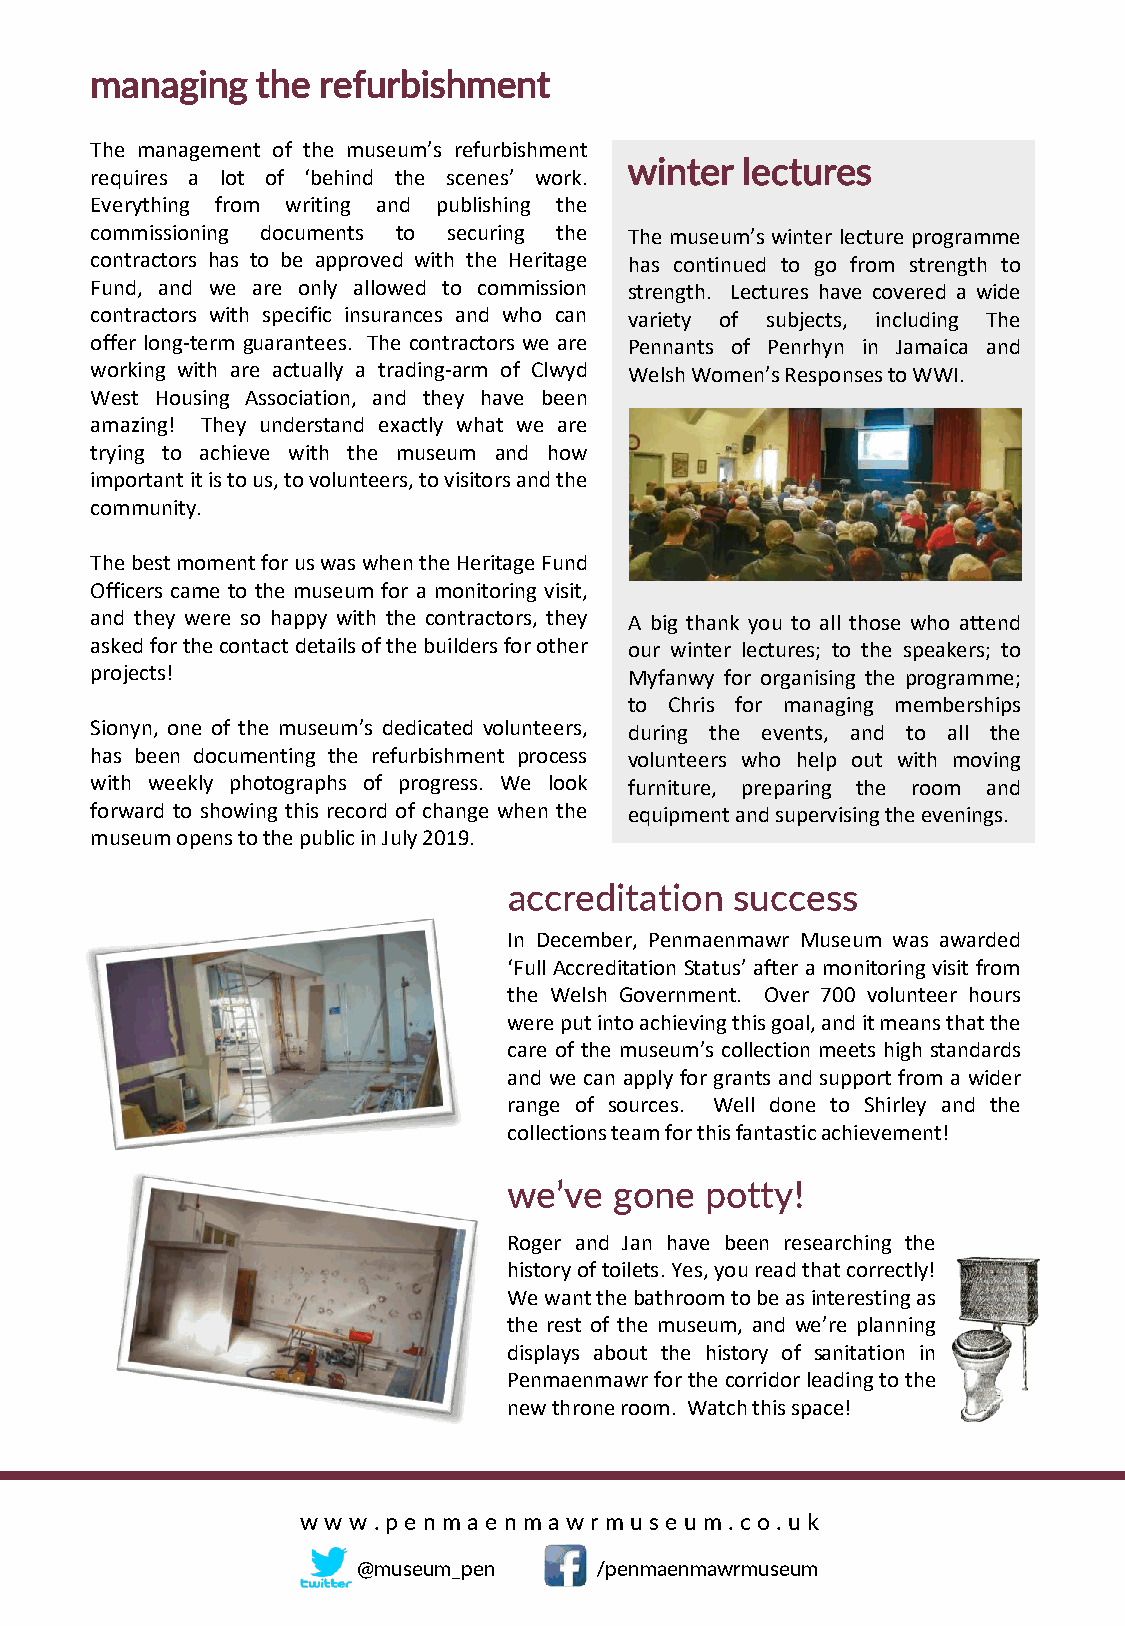
managing   the refurbishment
 The management of the museum’s refurbishment
 winter lectures
 requires a lot of ‘behind the scenes’ work.
 Everything from writing and publishing the
 commissioning documents to securing the The museum’s winter lecture programme
 contractors has to be approved with the Heritage has continued to go from strength to
 Fund, and we are only allowed to commission strength. Lectures have covered a wide
 contractors with specific insurances and who can variety of subjects, including The
 offer long-term guarantees. The contractors we are Pennants of Penrhyn in Jamaica and
 working with are actually a trading-arm of Clwyd WelshWomen’sResponsestoWWI.
 West Housing Association, and they have been
 amazing! They understand exactly what we are
 trying to achieve with the museum and how
 importantitistous,tovolunteers,tovisitorsandthe
 community.
 ThebestmomentforuswaswhentheHeritageFund
 Officers came to the museum for a monitoring visit,
 and they were so happy with the contractors, they A big thank you to all those who attend
 askedforthecontactdetailsofthebuildersforother our winter lectures; to the speakers; to
 projects!                           Myfanwy for organising the programme;
 to Chris for managing memberships
 Sionyn, one of the museum’s dedicated volunteers, during the events, and to all the
 has been documenting the refurbishment process volunteers who help out with moving
 with weekly photographs of progress. We look furniture, preparing the room and
 forward to showing this record of change when the equipmentandsupervisingtheevenings.
 museumopenstothepublicinJuly2019.
 accreditation  success
 In December, Penmaenmawr Museum was awarded
 ‘Full Accreditation Status’ after amonitoring visit from
 the Welsh Government. Over 700 volunteer hours
 wereputintoachievingthisgoal,anditmeansthatthe
 care of the museum’s collection meets high standards
 and we can apply for grants and support from awider
 range of sources. Well done to Shirley and the
 collectionsteamforthisfantasticachievement!
 we’ve  gone  potty!
 Roger and Jan have been researching the
 historyoftoilets.Yes,youreadthatcorrectly!
 Wewantthebathroomtobeasinterestingas
 the rest of the museum, and we’re planning
 displays about the history of sanitation in
 Penmaenmawrforthecorridorleadingtothe
 newthroneroom. Watchthisspace!
 w w w .p e nm a e nm a wr m use um . c o. uk
 @museum_pen    /penmaenmawrmuseum